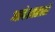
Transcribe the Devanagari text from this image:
आदेशासाठी